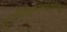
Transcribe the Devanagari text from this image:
पुराणमितिवृत्तमाख्यायिकोदाहरणं